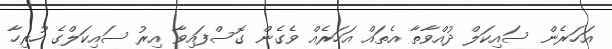
އަހަރެން ސައިކަލް ދުއްވާތާ އެތައް އަހަރެއް ވެގެން ގޮސްފައިވާ އިރު ސައިކަލްގެ ހުރިހާ